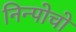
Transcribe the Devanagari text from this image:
निन्पोचो